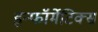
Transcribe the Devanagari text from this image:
इन्फॉर्मेटिक्स